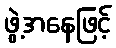
ဖွဲ့အနေဖြင့်